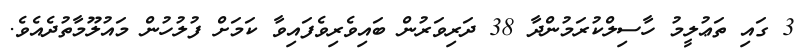
3 ގައި ތަޢުލީމު ހާސިލްކުރަމުންދާ 38 ދަރިވަރުން ބައިވެރިވެފައިވާ ކަމަށް ފުލުހުން މައުލޫމާތުދެއެވެ.